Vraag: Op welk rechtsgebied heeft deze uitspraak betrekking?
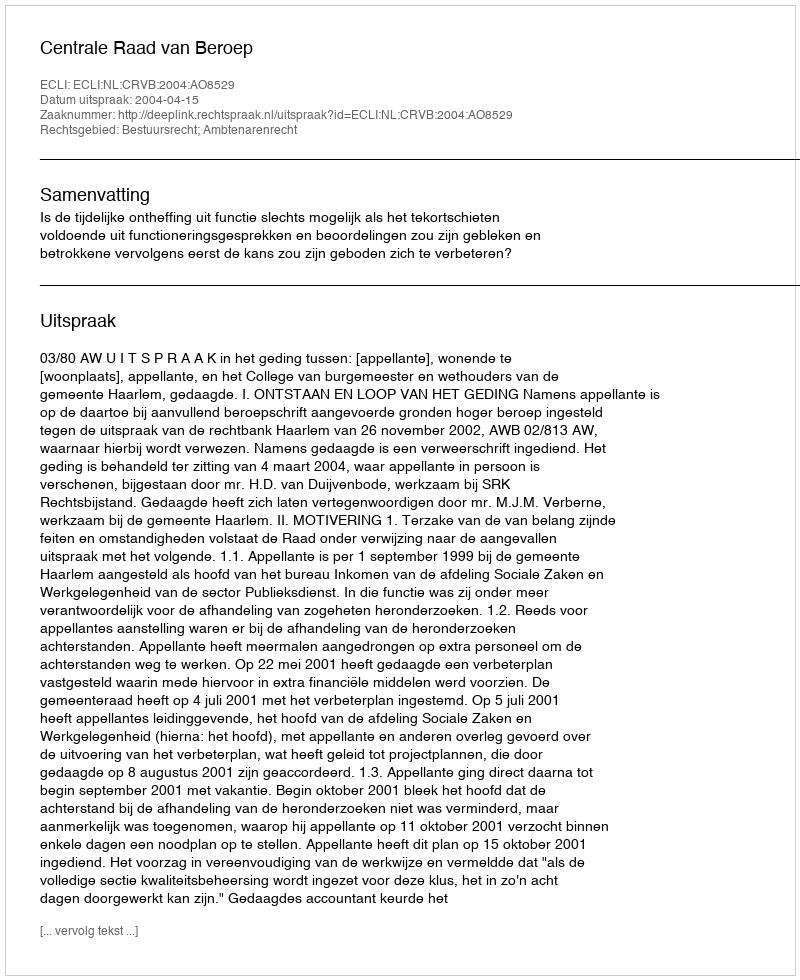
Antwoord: Bestuursrecht; Ambtenarenrecht